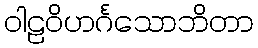
ဝါဠဝိဟင်္ဂသောဘိတာ